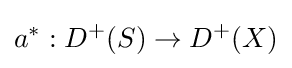
a^{*}:D^{+}(S)\to D^{+}(X)